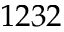
1 2 3 2